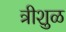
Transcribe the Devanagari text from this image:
त्रीशुळ